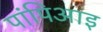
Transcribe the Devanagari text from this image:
पांपिआइ